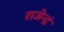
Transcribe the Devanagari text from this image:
राजेन्द्रं